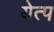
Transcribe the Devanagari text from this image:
येत्प